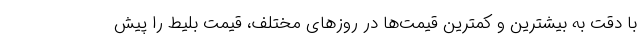
با دقت به بیشترین و کمترین قیمت‌ها در روزهای مختلف، قیمت بلیط را پیش